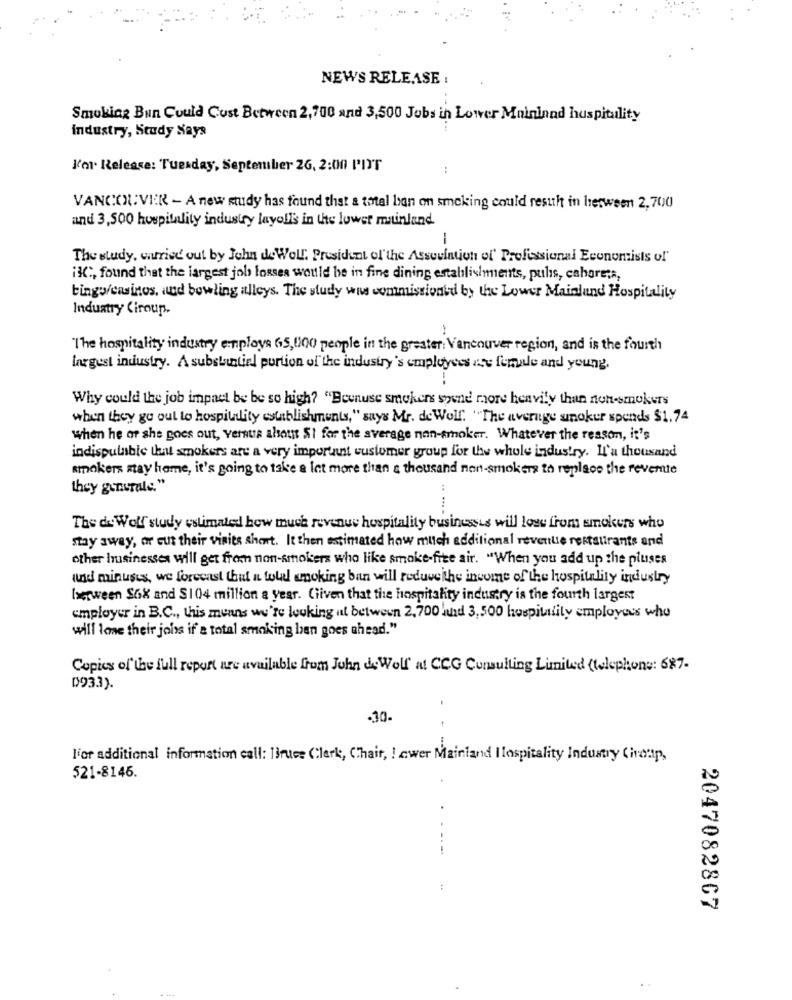
NEWS RELEASE :
Smoking Bun Could Cust Between 2,700 and 3,500 Jobs in Lower Maininnd huspitulity
industry, Study Says
J'or. Release: Tuesday, September 26, 2:00 PIT
VANCOUVER - A new study has found that a total ban on smoking could result in between 2,700
and 3,500 hospitality industry layoffs in the lower mainland.
The study, wufried out by John deWolf. President of'the Association of' Profissional Economists of'
iK :, found that the largest job losses would be in fine dining establishments, pulis, cahore;s,
tings/casinos, and bowling alleys. The study was commissioned by the Lower Mainland Hospitality
Industry Ciroup.
The hospitality industry employs 65,000 people in the greater Vancouver region, and is the fourth
largest industry. A substantiel portion of the industry's employees ze female and young.
Why could the job impact be be so high? "Beunuse smokers spend more benvily than non-smokers
when they go out to hospiudity establishments, " says Mr. de Wolf. "The average unokur spends $1.74
when he or she goes out, versus alsout SI for the average non-smoker. Whatever the reason, it's
indispulable that smokers are a very important customer group for the whole industry. Il'a thousand
smokers stay home, it's going to take a lot more than a thousand non-smokers to replace the revente
they generale."
The de Wolf study estimated how much revenue hospitality businessis will lose from smokers who
stay away, or cus their visits short. It then estimated how much additional revenue restaurants and
other businesses will get from non-smokers who like smoke-fite air. "When you add up the pluses
und minuses, we forecast Chut n wold smoking ban will reduvetthe income of the hospitality industry
Isetween SoX and $104 million a year. Cliven that the hospitality industry is the fourth largest
employer in B.C ., this means we're looking at between 2,700 hand 3,500 hospitality employees who
will love their jobs if a total smoking han goes ahead."
Copies of the full report are available from John de Wolf at CCG Consulting Limited (telephone: 687-
D933).
-30
l'or additional information call: Bruce Clerk, Chair, ! awer Mainland I lospitality Industry Ciroup,
521-8146.
2047082867